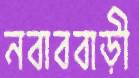
নবাববাড়ী